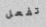
تفعل